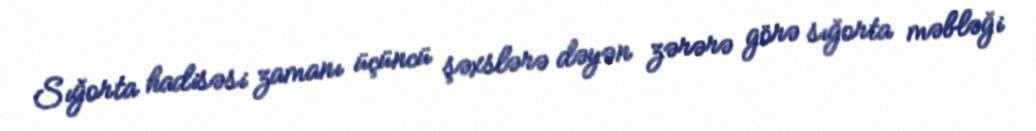
Sığorta hadisəsi zamanı üçüncü şəxslərə dəyən zərərə görə sığorta məbləği